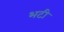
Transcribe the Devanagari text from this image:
भटी